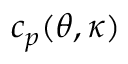
c _ { p } ( \theta , \kappa )